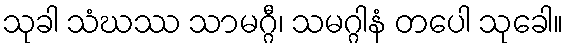
သုခါ သံဃဿ သာမဂ္ဂီ၊ သမဂ္ဂါနံ တပေါ သုခေါ။